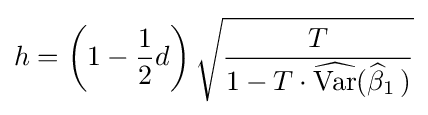
h=\left(1-{\frac {1}{2}}d\right){\sqrt {\frac {T}{1-T\cdot {\widehat {\operatorname {Var} }}({\widehat {\beta }}_{1}\,)}}}